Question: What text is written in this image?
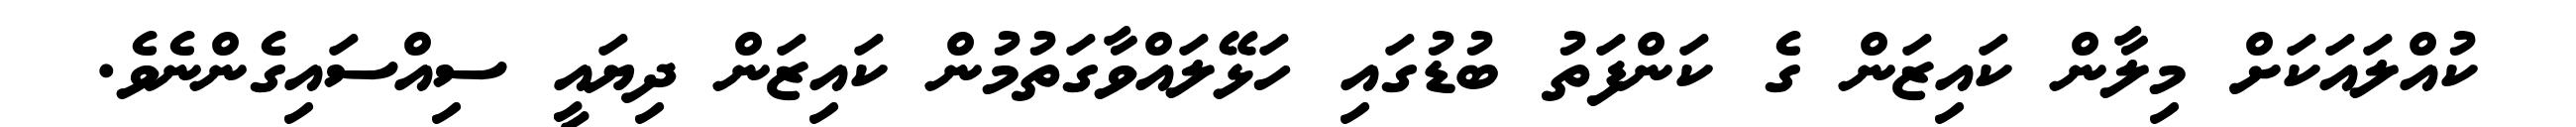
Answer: ކުއްލައަކަށް މިލާން ކައިޒަން ގެ ކަންފަތު ބުޑުގައި ހަޅޭލައްވާގަތުމުން ކައިޒަން ދިޔައީ ސިއްސައިގެންނެވެ.